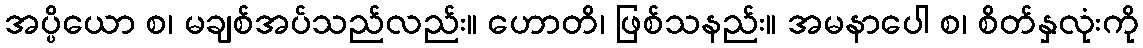
အပ္ပိယော စ၊ မချစ်အပ်သည်လည်း။ ဟောတိ၊ ဖြစ်သနည်း။ အမနာပေါ စ၊ စိတ်နှလုံးကို